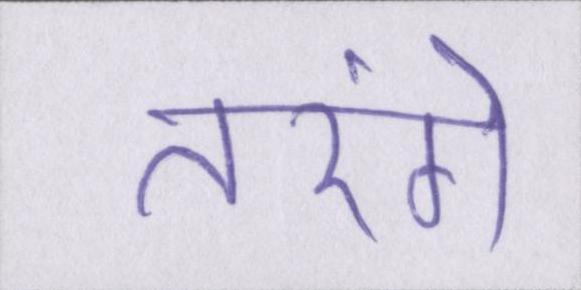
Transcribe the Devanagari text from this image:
तरंगे